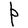
Character: P